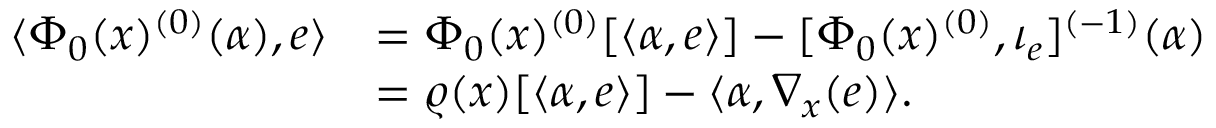
\begin{array} { r l } { \langle \Phi _ { 0 } ( x ) ^ { ( 0 ) } ( \alpha ) , e \rangle } & { = \Phi _ { 0 } ( x ) ^ { ( 0 ) } [ \langle \alpha , e \rangle ] - [ \Phi _ { 0 } ( x ) ^ { ( 0 ) } , \iota _ { e } ] ^ { ( - 1 ) } ( \alpha ) } \\ & { = \varrho ( x ) [ \langle \alpha , e \rangle ] - \langle \alpha , \nabla _ { x } ( e ) \rangle . } \end{array}